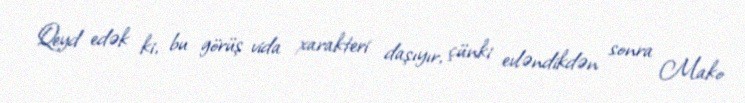
Qeyd edək ki, bu görüş vida xarakteri daşıyır, çünki evləndikdən sonra Mako